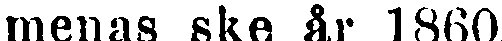
menas ske år 1860.